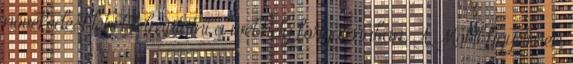
növekedést lehet felmutatni a webhely forgalmában. A Mobil figyelmen